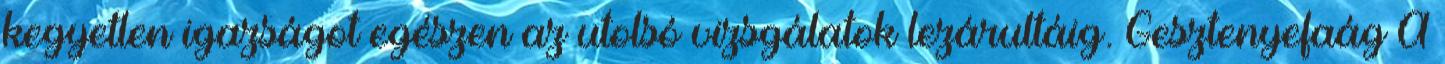
kegyetlen igazságot egészen az utolsó vizsgálatok lezárultáig. Gesztenyefaág A